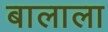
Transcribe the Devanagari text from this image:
बालाला